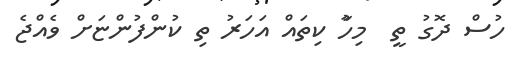
ހުސް ދޮގު ތީ  މިހާު ކިތައް އަހަރު ތި ކުންފުންޏަށް ވެއްޖެ